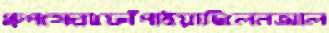
গ্রুপসেরাফোঁপাইয়াছিলেনআল